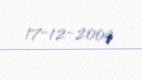
17-12-2009